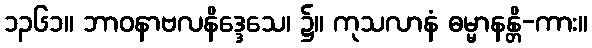
၁၃၆၁။ ဘာဝနာဗလနိဒ္ဒေသေ၊ ၌။ ကုသလာနံ ဓမ္မာနန္တိ-ကား။